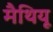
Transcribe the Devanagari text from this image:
मैथियू